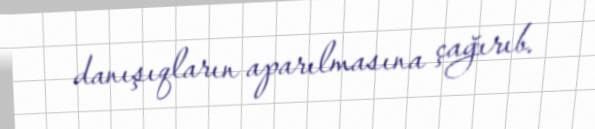
danışıqların aparılmasına çağırıb.